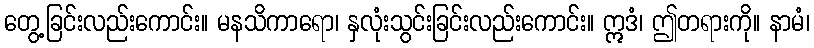
တွေ့ခြင်းလည်းကောင်း။ မနသိကာရော၊ နှလုံးသွင်းခြင်းလည်းကောင်း။ ဣဒံ၊ ဤတရားကို။ နာမံ၊